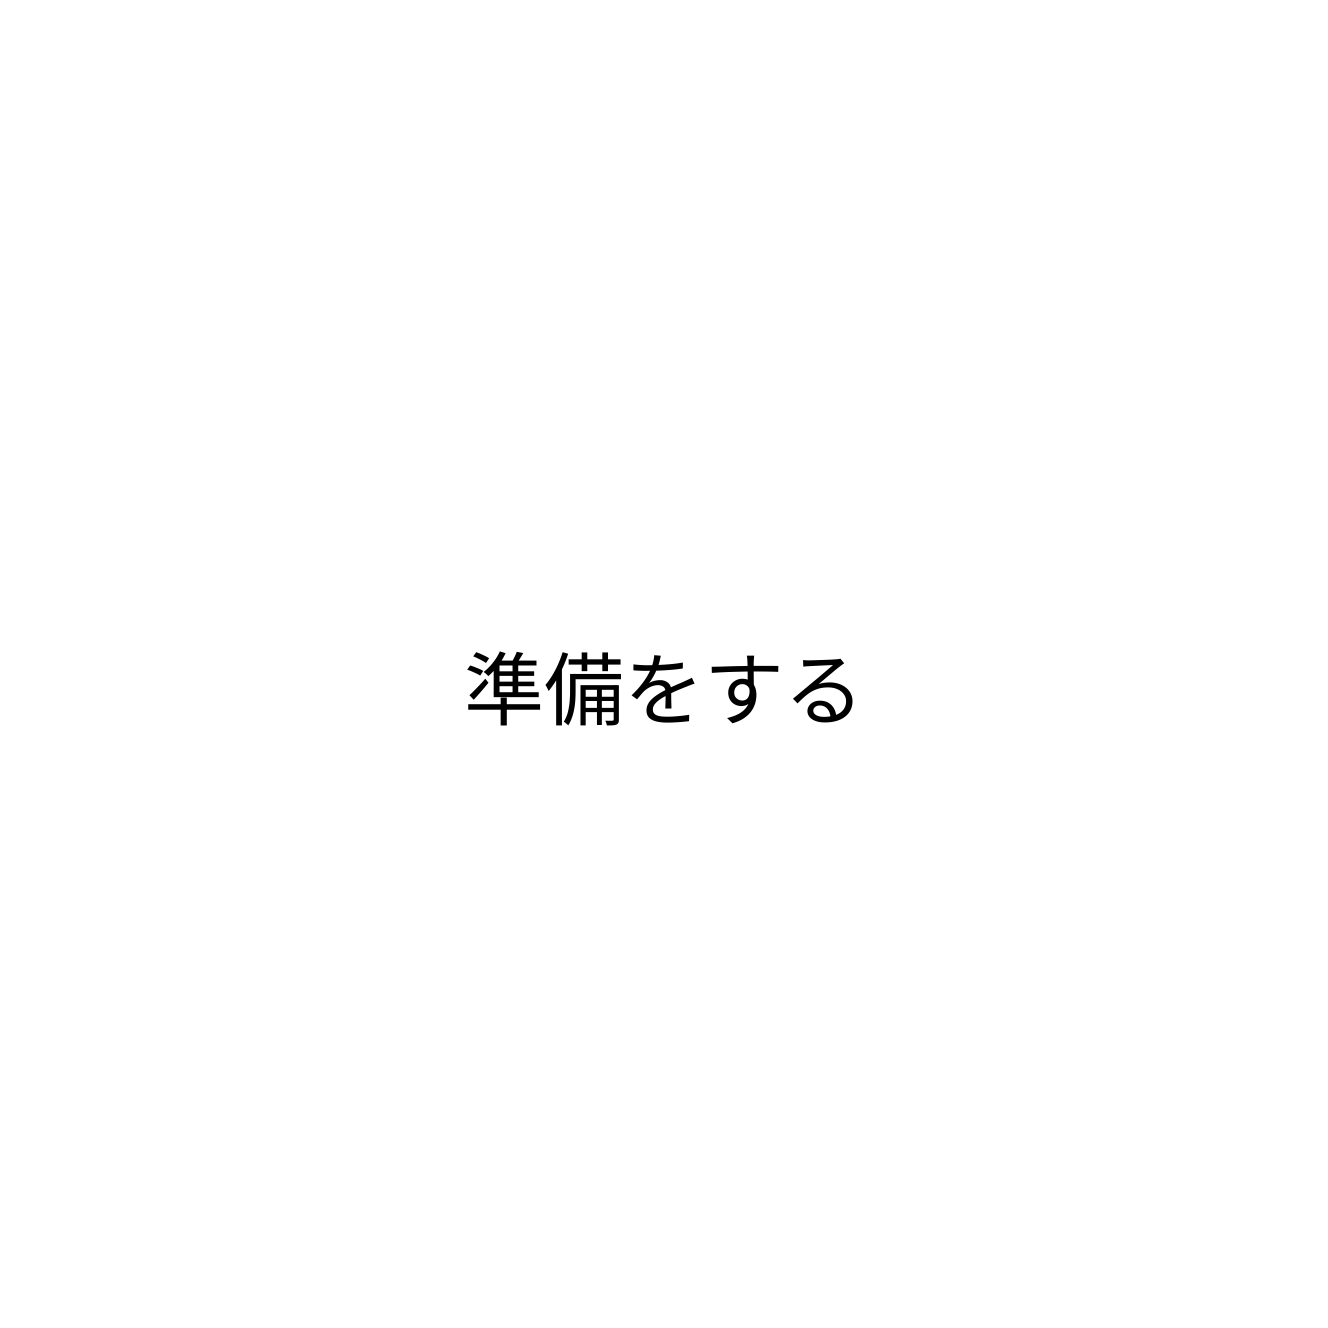
準備をする